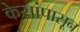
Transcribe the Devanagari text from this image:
केसांपासून